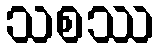
သစဿ